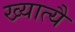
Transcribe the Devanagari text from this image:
ख्यात्यै